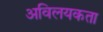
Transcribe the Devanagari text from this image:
अविलयकता